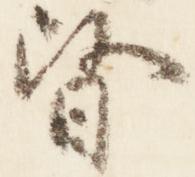
督